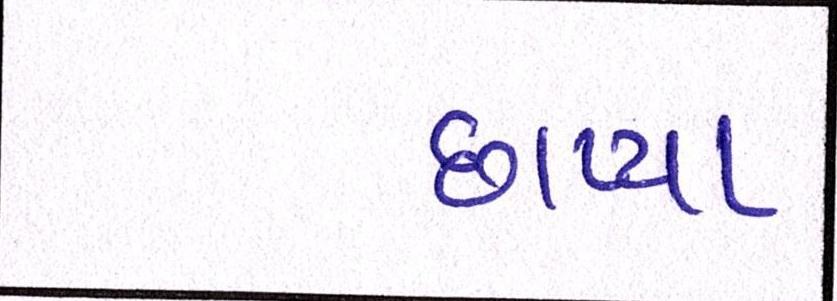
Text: છાપ્યા